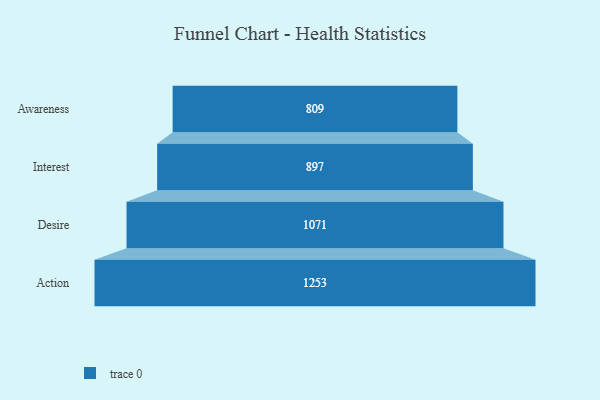
{"axis": {"x": "Stage", "y": "Value"}, "legend": [""], "data": [{"x": "Awareness", "y": 809.0, "type": ""}, {"x": "Interest", "y": 897.0, "type": ""}, {"x": "Desire", "y": 1071.0, "type": ""}, {"x": "Action", "y": 1253.0, "type": ""}]}